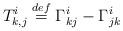
LaTeX: \begin{align*}T_{k,j}^{i}\overset{def}{=}\Gamma _{kj}^{i}-\Gamma _{jk}^{i}\end{align*}